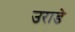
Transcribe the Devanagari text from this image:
उराडे